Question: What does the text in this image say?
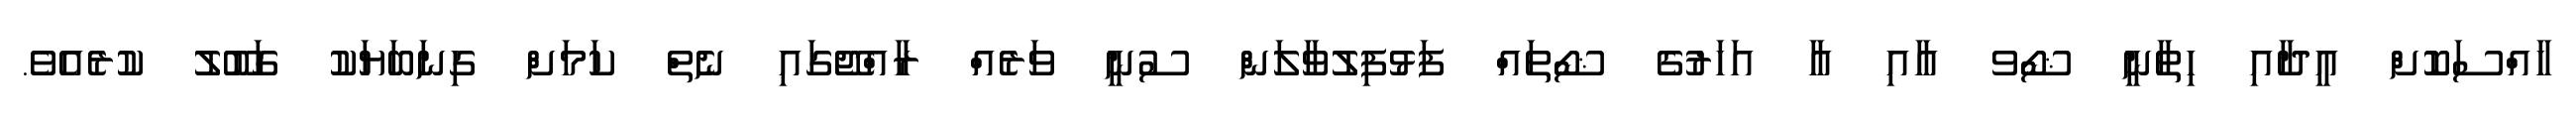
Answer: ހާއްސަކޮށް އީދާއި ހިތާނީ ޝޯވ އާއި އާ އަހަރުގެ ޝޯތައް ފަޅުފިލުވާލަން ސުނީ ވަރެއް ރާއްޖޭގައި ނެތް ކަމަށް ގިނަބަޔަކު ގަބޫލު ކުރެއެވެ.